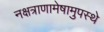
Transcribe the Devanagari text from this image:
नक्षत्राणामेषामुपस्थे